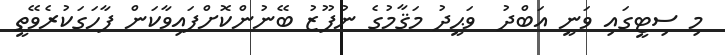
މި ސިޓީގައި ވަނީ އަބްދު  ވަޙީދު މަޤާމުގެ ނުފޫޒު ބޭނުންކޮށްފައިވާކަން ފާހަގަކުރެވޭތީ